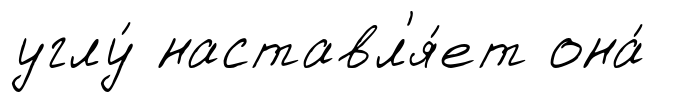
углу́ наставл'я́ет она́